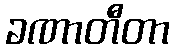
ခဏာတီတာ